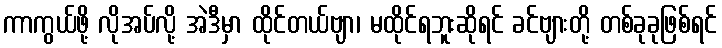
ကာကွယ်ဖို့ လိုအပ်လို့ အဲဒီမှာ ထိုင်တယ်ဗျာ၊ မထိုင်ရဘူးဆိုရင် ခင်ဗျားတို့ တစ်ခုခုဖြစ်ရင်